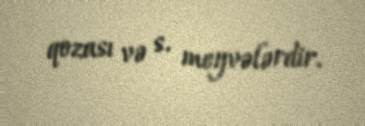
qozası və s. meyvələrdir.